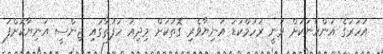
އަހަރުގެ އަންހެނަކަށް ވަނީ ރަހުމްކުޑަ އަނިޔާވެރި ގޮތަކަށް މިދިއަ ހަފުތާގައި ޖިންސީ އަނިޔާކޮށްފަ